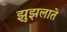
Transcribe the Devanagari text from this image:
झुझलाते